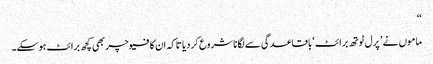
‘‘
ماموں نے ’ پرل ٹوتھ برائٹ‘ باقاعدگی سے لگانا شروع کردیا تاکہ ان کا فیوچر بھی کچھ برائٹ ہوسکے۔